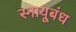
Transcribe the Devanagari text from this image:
स्नायूबंध